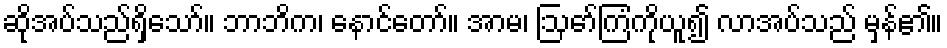
ဆိုအပ်သည်ရှိသော်။ ဘာဘိက၊ နောင်တော်။ အာမ၊ ဩော်ကြံကိုယူ၍ လာအပ်သည် မှန်၏။